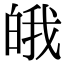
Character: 皒